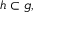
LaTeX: { \mathfrak { h } } \subset { \mathfrak { g } } ,